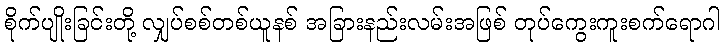
စိုက်ပျိုးခြင်းတို့ လျှပ်စစ်တစ်ယူနစ် အခြားနည်းလမ်းအဖြစ် တုပ်ကွေးကူးစက်ရောဂါ